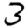
Digit: 3